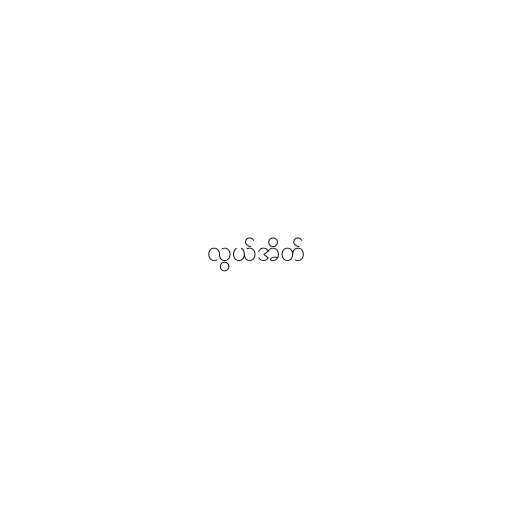
လွယ်အိတ်